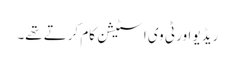
ریڈیو اور ٹی وی ا سٹیشن کام کرتے تھے۔